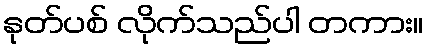
နုတ်ပစ် လိုက်သည်ပါ တကား။